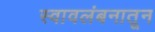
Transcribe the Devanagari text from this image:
स्वावलंबनातून